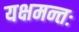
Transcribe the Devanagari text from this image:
यक्षमन्तः